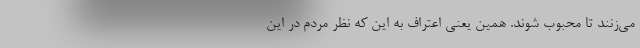
می‌زنند تا محبوب شوند. همین یعنی اعتراف به این که نظر مردم در این